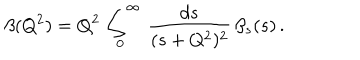
\beta ( Q ^ { 2 } ) = Q ^ { 2 } \, \int _ { 0 } ^ { \infty } \, \frac { d s } { ( s + Q ^ { 2 } ) ^ { 2 } } \, \beta _ { s } ( s ) \, .